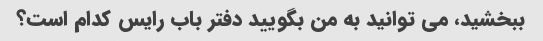
ببخشید، می توانید به من بگویید دفتر باب رایس کدام است؟